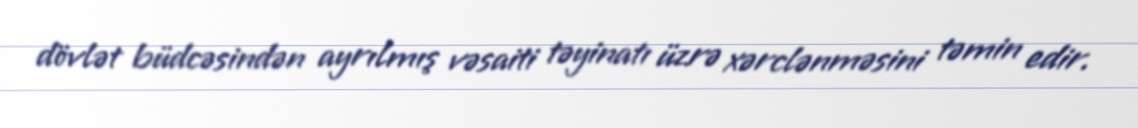
dövlət büdcəsindən ayrılmış vəsaiti təyinatı üzrə xərclənməsini təmin edir.